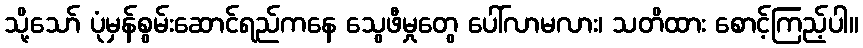
သို့သော် ပုံမှန်စွမ်းဆောင်ရည်ကနေ သွေဖီမှုတွေ ပေါ်လာမလား၊ သတိထား စောင့်ကြည့်ပါ။